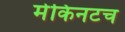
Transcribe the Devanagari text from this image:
मेकिनटच